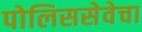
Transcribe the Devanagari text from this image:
पोलिससेवेचा